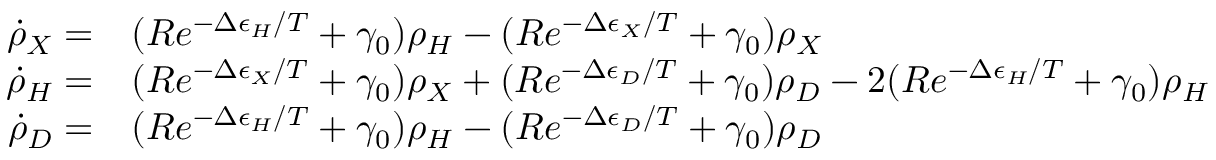
\begin{array} { r l } { \dot { \rho } _ { X } = } & { ( R e ^ { - \Delta \epsilon _ { H } / T } + \gamma _ { 0 } ) \rho _ { H } - ( R e ^ { - \Delta \epsilon _ { X } / T } + \gamma _ { 0 } ) \rho _ { X } } \\ { \dot { \rho } _ { H } = } & { ( R e ^ { - \Delta \epsilon _ { X } / T } + \gamma _ { 0 } ) \rho _ { X } + ( R e ^ { - \Delta \epsilon _ { D } / T } + \gamma _ { 0 } ) \rho _ { D } - 2 ( R e ^ { - \Delta \epsilon _ { H } / T } + \gamma _ { 0 } ) \rho _ { H } } \\ { \dot { \rho } _ { D } = } & { ( R e ^ { - \Delta \epsilon _ { H } / T } + \gamma _ { 0 } ) \rho _ { H } - ( R e ^ { - \Delta \epsilon _ { D } / T } + \gamma _ { 0 } ) \rho _ { D } } \end{array}